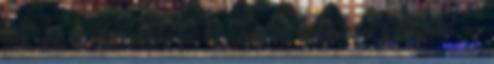
föld alatti továbbiakban: fa. tûzcsapkulcs kialakítását és méreteit az